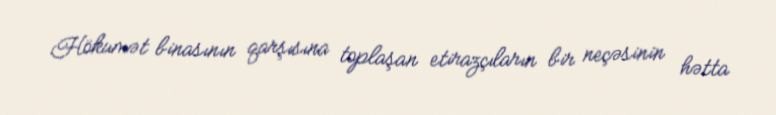
Hökumət binasının qarşısına toplaşan etirazçıların bir neçəsinin hətta